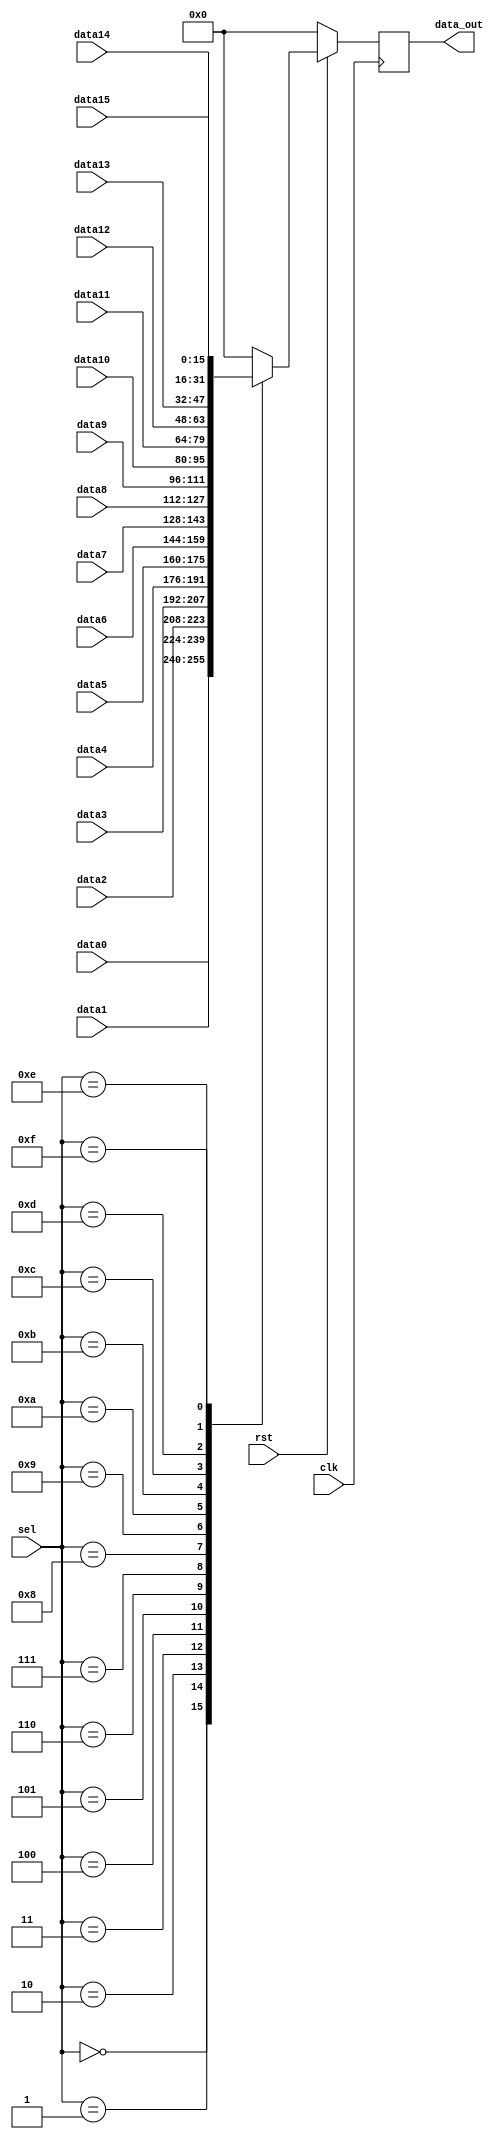
//
// Verilog Module mopshub_lib.mux32_Nbit
//
// Created:
//          by - dcs.dcs (chipdev2.physik.uni-wuppertal.de)
//          at - 22:55:59 07/24/21
//
// using Mentor Graphics HDL Designer(TM) 2019.4 (Build 4)
//

`resetall
`timescale 1ns/10ps
module mux16_1_16bit( 
  // Port Declarations
  input   wire            clk, 
  input   wire            rst, 
  input   wire    [15:0]  data0, 
  input   wire    [15:0]  data1, 
  input   wire    [15:0]  data2, 
  input   wire    [15:0]  data3, 
  input   wire    [15:0]  data4, 
  input   wire    [15:0]  data5, 
  input   wire    [15:0]  data6, 
  input   wire    [15:0]  data7, 
  input   wire    [15:0]  data8, 
  input   wire    [15:0]  data9, 
  input   wire    [15:0]  data10, 
  input   wire    [15:0]  data11, 
  input   wire    [15:0]  data12, 
  input   wire    [15:0]  data13, 
  input   wire    [15:0]  data14, 
  input   wire    [15:0]  data15, 
  input   wire    [4:0]   sel, 
  output  wire    [15:0]  data_out
  );
  // Internal Declarations
  reg [15:0] data_out_r;
  initial data_out_r = 16'b0;
  assign data_out = data_out_r;
  /////////////////////////////////////////////////////////////////
  // Flowchart process0
always @ (posedge clk)
if (!rst) data_out_r <=16'b0;
else
  begin 
    case (sel)
      5'b000  : data_out_r<=data0;
      5'b001  : data_out_r<=data1;
      5'b010  : data_out_r<=data2;
      5'b011  : data_out_r<=data3;
      5'b100  : data_out_r<=data4;
      5'b101  : data_out_r<=data5;
      5'b110  : data_out_r<=data6;
      5'b111  : data_out_r<=data7;
      
      5'b1000 : data_out_r<=data8;
      5'b1001 : data_out_r<=data9;
      5'b1010 : data_out_r<=data10;
      5'b1011 : data_out_r<=data11;
      5'b1100 : data_out_r<=data12;
      5'b1101 : data_out_r<=data13;
      5'b1110 : data_out_r<=data14;    
      5'b1111 : data_out_r<=data15;
      
      default : data_out_r<=16'b0;
      
    endcase
  end
  
endmodule